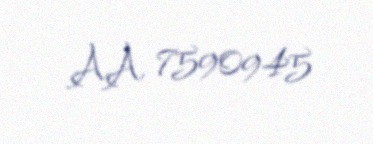
AA 7590945